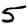
Digit: 5